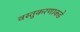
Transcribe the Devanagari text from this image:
वस्तुकरणाकडे